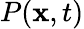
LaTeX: P(\mathbf{x},t)